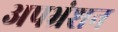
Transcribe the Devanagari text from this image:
अपभ्रंशन